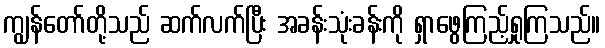
ကျွန်တော်တို့သည် ဆက်လက်ပြီး အခန်းသုံးခန်းကို ရှာဖွေကြည့်ရှုကြသည်။